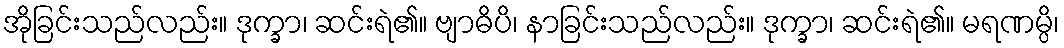
အိုခြင်းသည်လည်း။ ဒုက္ခာ၊ ဆင်းရဲ၏။ ဗျာဓိပိ၊ နာခြင်းသည်လည်း။ ဒုက္ခာ၊ ဆင်းရဲ၏။ မရဏမ္ပိ၊